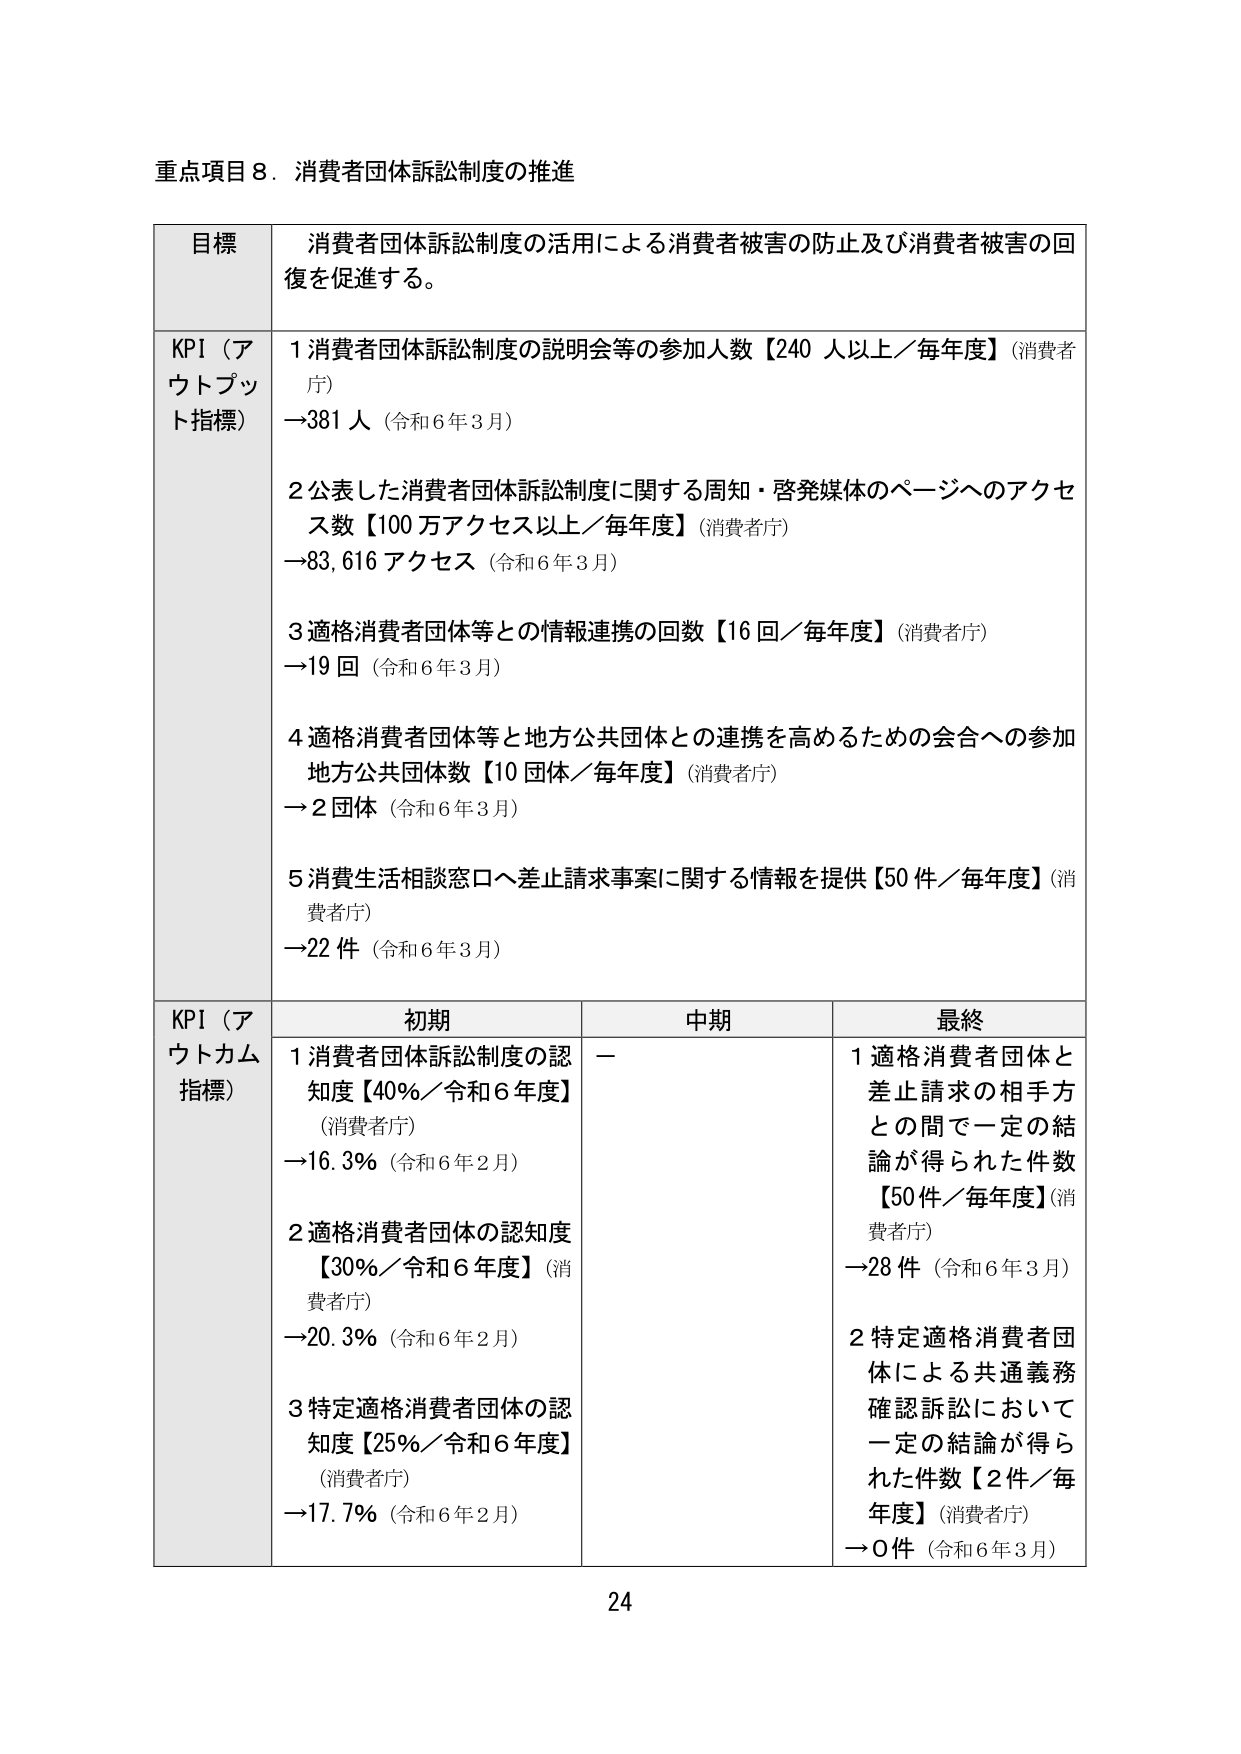
重点項目８．消費者団体訴訟制度の推進

目標 消費者団体訴訟制度の活用による消費者被害の防止及び消費者被害の回復を促進する。

KPI（アウトプット指標）
１消費者団体訴訟制度の説明会等の参加人数【240人以上／毎年度】（消費者庁）
→381人（令和6年3月）

２公表した消費者団体訴訟制度に関する周知・啓発媒体のページへのアクセス数【100万アクセス以上／毎年度】（消費者庁）
→83,616アクセス（令和6年3月）

３適格消費者団体等との情報連携の回数【16回／毎年度】（消費者庁）
→19回（令和6年3月）

４適格消費者団体等と地方公共団体との連携を高めるための会合への参加地方公共団体数【10団体／毎年度】（消費者庁）
→2団体（令和6年3月）

５消費生活相談窓口へ差止請求事案に関する情報を提供【50件／毎年度】（消費者庁）
→22件（令和6年3月）

KPI（アウトカム指標）
初期 中期 最終
１消費者団体訴訟制度の認知度【40％／令和6年度】（消費者庁）
→16.3％（令和6年2月）
２適格消費者団体の認知度【30％／令和6年度】（消費者庁）
→20.3％（令和6年2月）
３特定適格消費者団体の認知度【25％／令和6年度】（消費者庁）
→17.7％（令和6年2月）
－
１適格消費者団体と差止請求の相手方との間で一定の結論が得られた件数【50件／毎年度】（消費者庁）
→28件（令和6年3月）
２特定適格消費者団体による共通義務確認訴訟において一定の結論が得られた件数【2件／毎年度】（消費者庁）
→0件（令和6年3月）

24